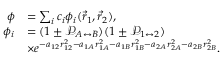
\begin{array} { r l } { \phi } & { = \sum _ { i } c _ { i } \phi _ { i } ( \vec { r } _ { 1 } , \vec { r } _ { 2 } ) , } \\ { \phi _ { i } } & { = ( 1 \pm \mathcal { P } _ { A \leftrightarrow B } ) ( 1 \pm \mathcal { P } _ { 1 \leftrightarrow 2 } ) } \\ & { \times e ^ { - a _ { 1 2 } r _ { 1 2 } ^ { 2 } - a _ { 1 A } r _ { 1 A } ^ { 2 } - a _ { 1 B } r _ { 1 B } ^ { 2 } - a _ { 2 A } r _ { 2 A } ^ { 2 } - a _ { 2 B } r _ { 2 B } ^ { 2 } } . } \end{array}